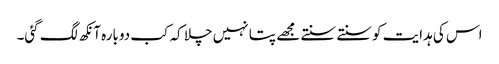
اس کی ہدایت کو سنتے سنتے مجھے پتا نہیں چلا کہ کب دوبارہ آنکھ لگ گئی۔